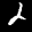
Label: 2